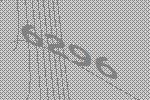
6296